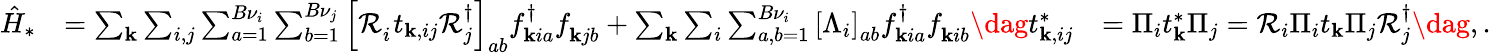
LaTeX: \begin{array}{rlr}{\hat{H}_{*}}&{=\sum_{\mathbf{k}}\sum_{i,j}\sum_{a=1}^{B\nu_{i}}\sum_{b=1}^{B\nu_{j}}\left[\mathcal{R}_{i}^{\phantom{\dagger}}t_{\mathbf{k},ij}\mathcal{R}_{j}^{\dagger}\right]_{ab}f_{\mathbf{k}ia}^{\dagger}f_{\mathbf{k}jb}^{\phantom{\dagger}}+\sum_{\mathbf{k}}\sum_{i}\sum_{a,b=1}^{B{\nu}_{i}}\left[\Lambda_{i}\right]_{ab}f_{\mathbf{k}ia}^{\dagger}f_{\mathbf{k}ib}^{\phantom{\dagger}}\dag t_{\mathbf{k},ij}^{*}}&{=\Pi_{i}t_{\mathbf{k}}^{*}\Pi_{j}=\mathcal{R}_{i}\Pi_{i}t_{\mathbf{k}}\Pi_{j}\mathcal{R}_{j}^{\dagger}\dag,.}\end{array}